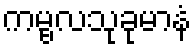
ကမ္ဗလသုခုမာနံ